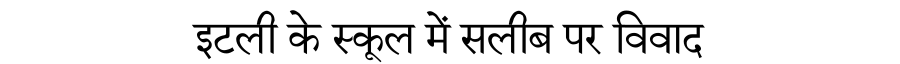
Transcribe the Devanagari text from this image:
इटली के स्कूल में सलीब पर विवाद